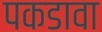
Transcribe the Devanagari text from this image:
पकडावा